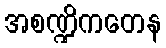
အစဏ္ဍိကတေန